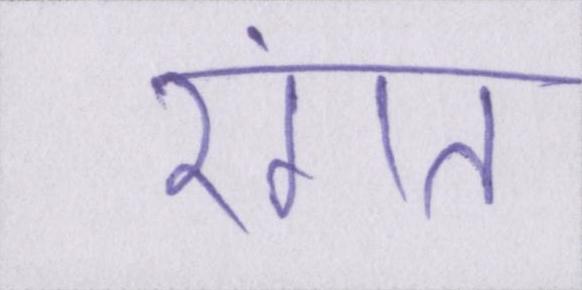
रंगत